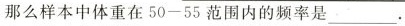
那么样本中体重在50-55范围内的频率是 ___.